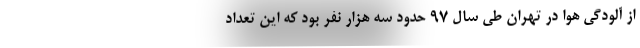
از آلودگی هوا در تهران طی سال ۹۷ حدود سه هزار نفر بود که این تعداد